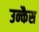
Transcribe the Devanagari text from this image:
उन्कैस